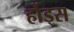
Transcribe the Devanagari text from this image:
र्होड्स